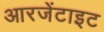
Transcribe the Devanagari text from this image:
आरजेंटाइट